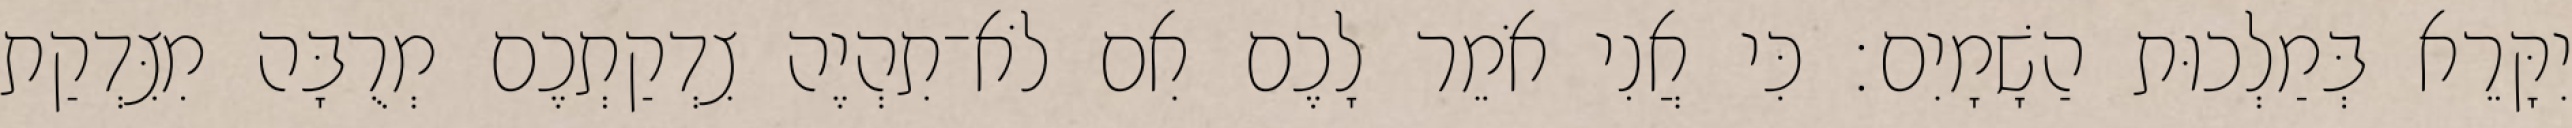
יִקָּרֵא בְּמַלְכוּת הַשָׁמָיִם׃ כִּי אֲנִי אֹמֵר לָכֶם אִם לֹא־תִהְיֶה צִדְקַתְכֶם מְרֻבָּה מִצִּדְקַת